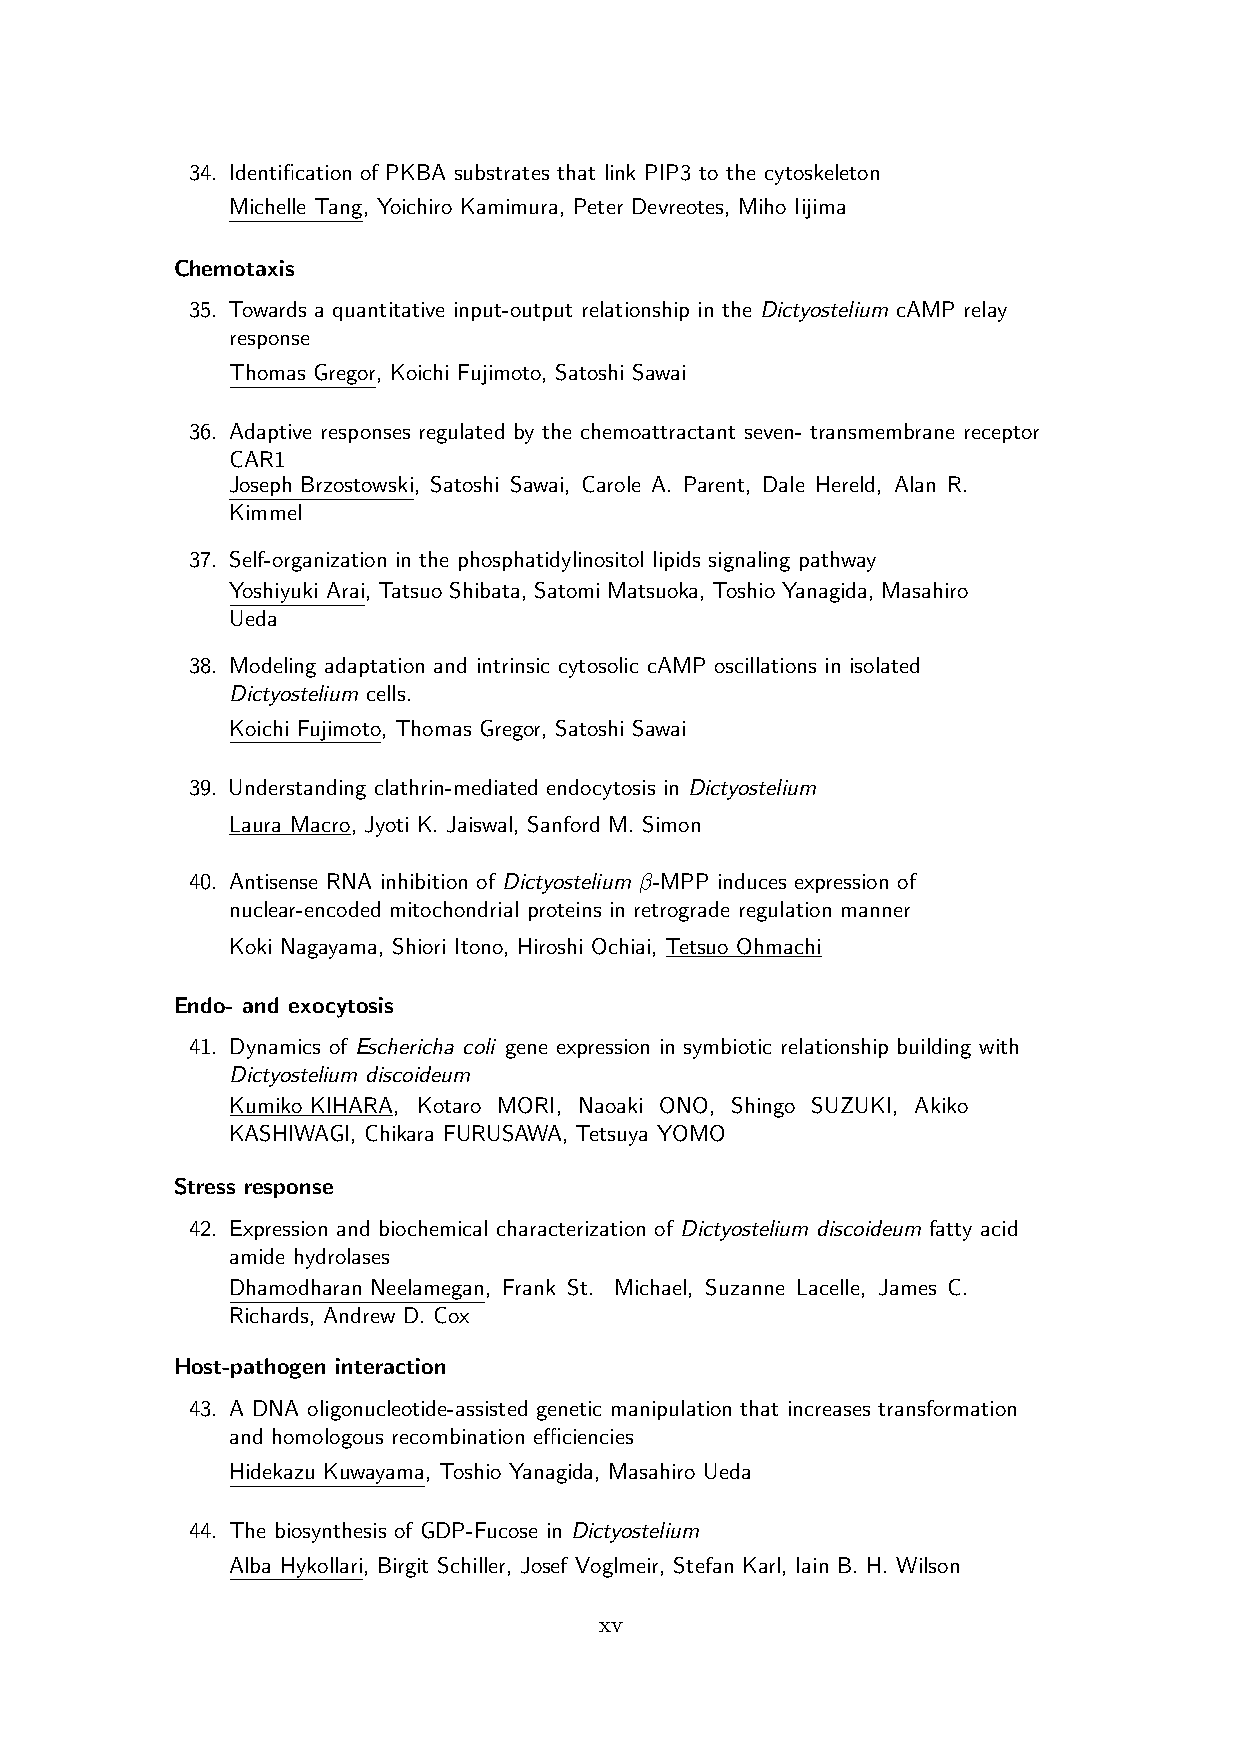
34. Identification of PKBA substrates that link PIP3 to the cytoskeleton
 Michelle Tang, Yoichiro Kamimura, Peter Devreotes, Miho Iijima
 Chemotaxis
 35. Towards a quantitative input-output relationship in the Dictyostelium cAMP relay
 response
 Thomas Gregor, Koichi Fujimoto, Satoshi Sawai
 36. Adaptive responses regulated by the chemoattractant seven- transmembrane receptor
 CAR1
 Joseph Brzostowski, Satoshi Sawai, Carole A. Parent, Dale Hereld, Alan R.
 Kimmel
 37. Self-organization in the phosphatidylinositol lipids signaling pathway
 Yoshiyuki Arai, Tatsuo Shibata, Satomi Matsuoka, Toshio Yanagida, Masahiro
 Ueda
 38. Modeling adaptation and intrinsic cytosolic cAMP oscillations in isolated
 Dictyostelium cells.
 Koichi Fujimoto, Thomas Gregor, Satoshi Sawai
 39. Understanding clathrin-mediated endocytosis in Dictyostelium
 Laura Macro, Jyoti K. Jaiswal, Sanford M. Simon
 40. Antisense RNA inhibition of Dictyostelium β-MPP induces expression of
 nuclear-encoded mitochondrial proteins in retrograde regulation manner
 Koki Nagayama, Shiori Itono, Hiroshi Ochiai, Tetsuo Ohmachi
 Endo- and exocytosis
 41. Dynamics of Eschericha coli gene expression in symbiotic relationship building with
 Dictyostelium discoideum
 Kumiko KIHARA, Kotaro MORI, Naoaki ONO, Shingo SUZUKI, Akiko
 KASHIWAGI, Chikara FURUSAWA, Tetsuya YOMO
 Stress response
 42. Expression and biochemical characterization of Dictyostelium discoideum fatty acid
 amide hydrolases
 Dhamodharan Neelamegan, Frank St. Michael, Suzanne Lacelle, James C.
 Richards, Andrew D. Cox
 Host-pathogen interaction
 43. A DNA oligonucleotide-assisted genetic manipulation that increases transformation
 and homologous recombination efficiencies
 Hidekazu Kuwayama, Toshio Yanagida, Masahiro Ueda
 44. The biosynthesis of GDP-Fucose in Dictyostelium
 Alba Hykollari, Birgit Schiller, Josef Voglmeir, Stefan Karl, Iain B. H. Wilson
 xv